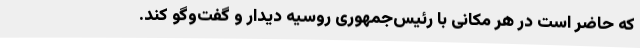
که حاضر است در هر مکانی با رئیس‌جمهوری روسیه دیدار و گفت‌وگو کند.